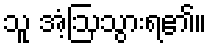
သူ အံ့ဩသွားရ၏။